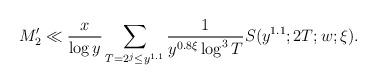
LaTeX: \begin{align*}M_2' \ll \frac{x}{\log y} \sum_{T=2^j\le y^{1.1}} \frac{1}{y^{0.8\xi}\log^3 T} S(y^{1.1};2T;w;\xi). \end{align*}